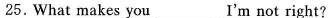
25.What makes you ___ I'm not right?